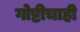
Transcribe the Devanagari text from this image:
गोष्टीचाही